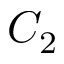
C _ { 2 }